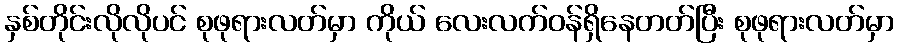
နှစ်တိုင်းလိုလိုပင် စုဖုရားလတ်မှာ ကိုယ် လေးလက်ဝန်ရှိနေတတ်ပြီး စုဖုရားလတ်မှာ